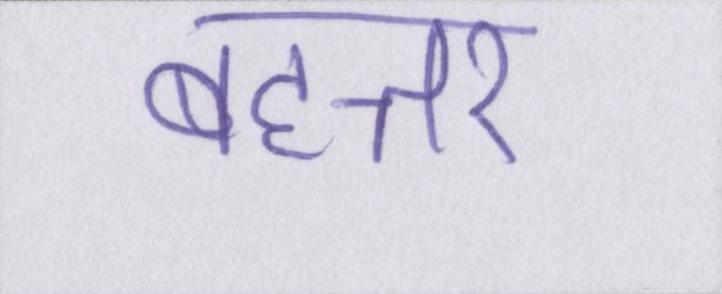
बहत्तर